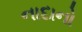
નાદાનો